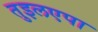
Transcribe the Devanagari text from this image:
तुइलएपा